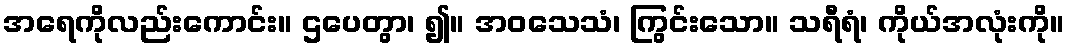
အရေကိုလည်းကောင်း။ ဌပေတွာ၊ ၍။ အဝသေသံ၊ ကြွင်းသော။ သရီရံ၊ ကိုယ်အလုံးကို။